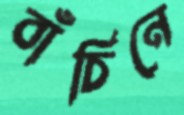
বাঁচিনে